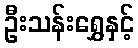
ဦးသန်းရွှေနှင့်